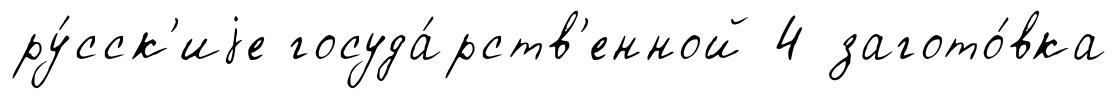
ру́сск'иjе госуда́рств'енной 4 загото́вка